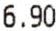
6.90